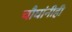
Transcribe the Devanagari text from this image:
चौघांनीही